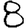
Digit: 8